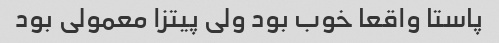
پاستا واقعا خوب بود ولی پیتزا معمولی بود